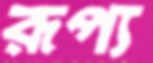
রূপ্য